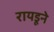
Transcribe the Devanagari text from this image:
रायडूने